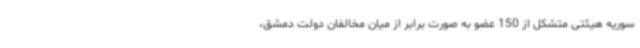
سوریه هیئتی متشکل از 150 عضو به صورت برابر از میان مخالفان دولت دمشق،